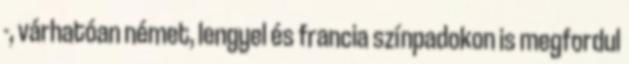
-, várhatóan német, lengyel és francia színpadokon is megfordul